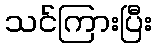
သင်ကြားပြီး